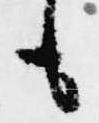
も